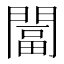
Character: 𨵩